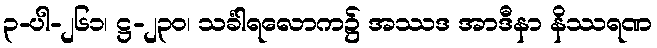
၃-ပါ-၂၆၁၊ ဋ္ဌ-၂၃၀၊ သင်္ခါရလောက၌ အဿဒ အာဒီနာ နိဿရဏ